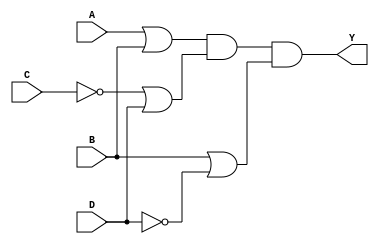
module pos_simplification (
    input wire A,       // Input A
    input wire B,       // Input B
    input wire C,       // Input C
    input wire D,       // Input D
    output wire Y       // Output Y
);

// Intermediate signals for the sum terms
wire sum1, sum2, sum3;

// Define the sum terms using OR operations
assign sum1 = A | B;            // First sum term: A + B
assign sum2 = ~C | D;           // Second sum term: C' + D
assign sum3 = B | ~D;           // Third sum term: B + D'

// Overall output Y is the AND of the sum terms
assign Y = sum1 & sum2 & sum3;  // Y = (A + B)(C' + D)(B + D')

endmodule